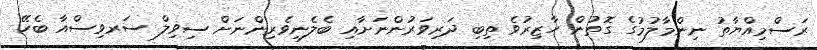
ރަސްމިއްޔާތު ނިންމާލުމުގެ ގޮތުން ހާޒިރުވެ ތިބި ދަރިވަރުންނަށާއި ބެލެނިވެރިންނަށް ސިވިލް ސަރވިސްއާ ބެހޭ